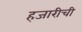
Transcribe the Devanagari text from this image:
हजारीची